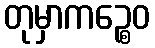
တုမှာကဉ္စေဝ